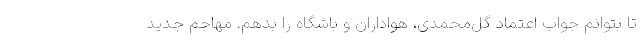
تا بتوانم جواب اعتماد گل‌محمدی، هواداران و باشگاه را بدهم. مهاجم جدید